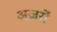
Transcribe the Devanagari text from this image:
अज़रों